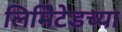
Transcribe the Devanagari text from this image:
लिमिेटेडच्या